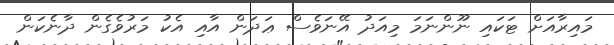
މައިރާއަށް ޓަކައި ނޫންނަމަ މިއަދު އޭނަވެސް ޢަދަން އާއި އެކު މަރުވެގެން ދާނެކަން